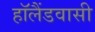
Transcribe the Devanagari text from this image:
हॉलैंडवासी